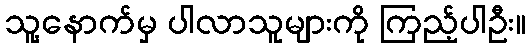
သူ့နောက်မှ ပါလာသူများကို ကြည့်ပါဦး။